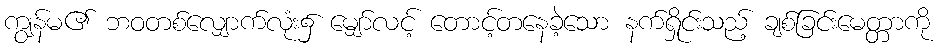
ကျွန်မ၏ ဘဝတစ်လျှောက်လုံး၌ မျှော်လင့် တောင့်တနေခဲ့သော နက်ရှိုင်းသည့် ချစ်ခြင်းမေတ္တာကို